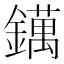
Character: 𨭬